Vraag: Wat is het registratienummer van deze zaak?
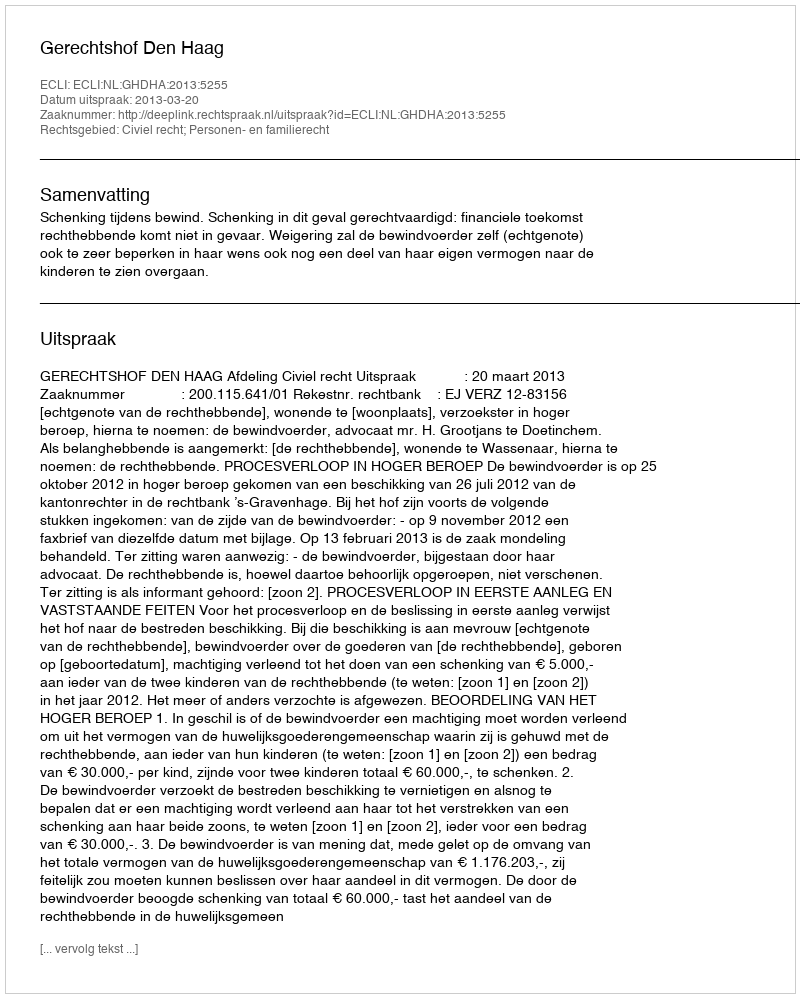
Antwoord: http://deeplink.rechtspraak.nl/uitspraak?id=ECLI:NL:GHDHA:2013:5255